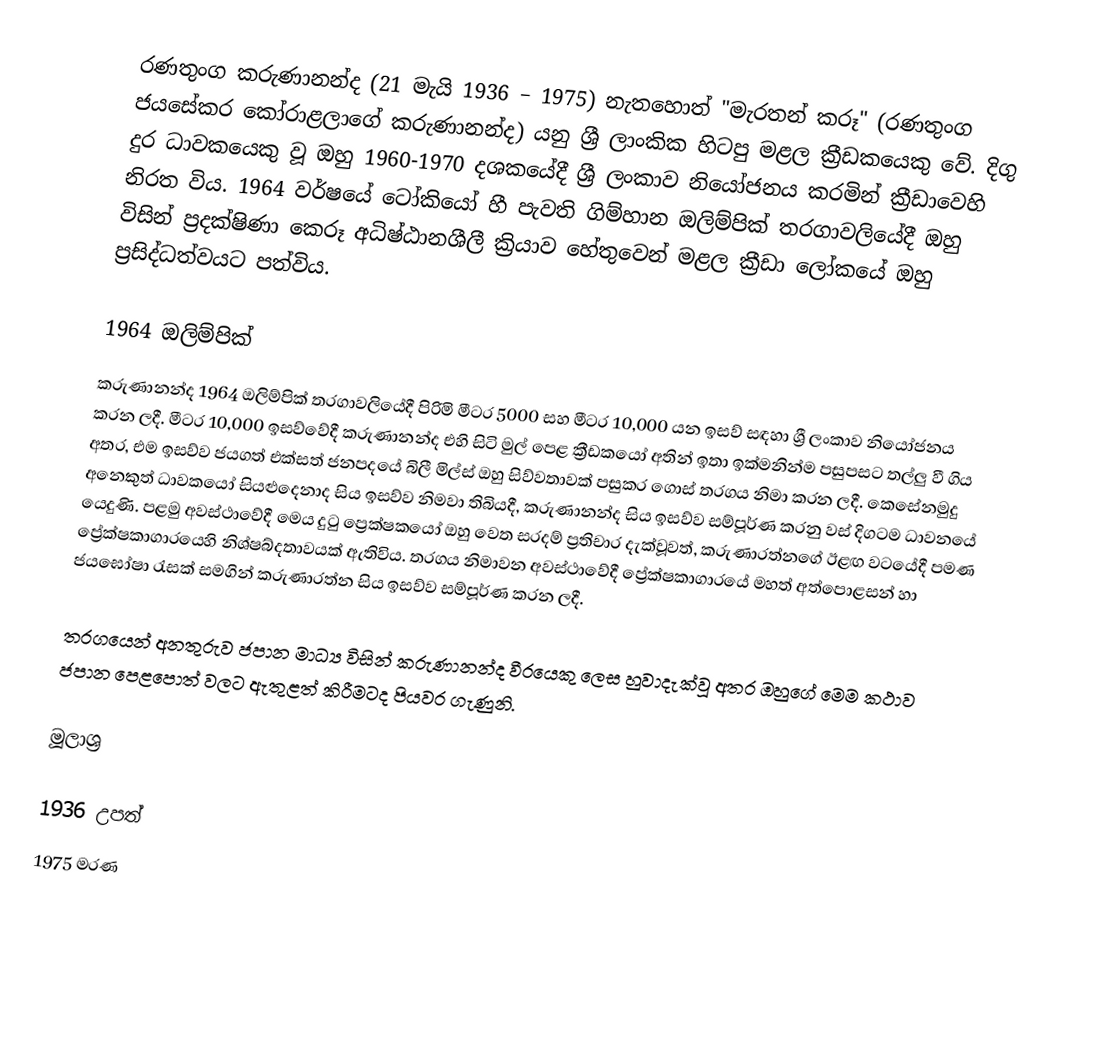
රණතුංග කරුණානන්ද (21 මැයි 1936 – 1975) නැතහොත් "මැරතන් කරූ" (රණතුංග ජයසේකර කෝරාළලාගේ කරුණානන්ද) යනු ශ්‍රී ලාංකික හිටපු මළල ක්‍රීඩකයෙකු වේ. දිගු දුර ධාවකයෙකු වූ ඔහු 1960-1970 දශකයේදී ශ්‍රී ලංකාව නියෝජනය කරමින් ක්‍රීඩාවෙහි නිරත විය. 1964 වර්ෂයේ ටෝකියෝ හී පැවති ගිම්හාන ඔලිම්පික් තරගාවලියේදී ඔහු විසින් ප්‍රදක්ෂිණා කෙරූ අධිෂ්ඨානශීලී ක්‍රියාව හේතුවෙන් මළල ක්‍රීඩා ලෝකයේ ඔහු ප්‍රසිද්ධත්වයට පත්විය.

1964 ඔලිම්පික්
කරුණානන්ද 1964 ඔලිම්පික් තරගාවලියේදී පිරිමි මීටර 5000 සහ මීටර 10,000 යන ඉසව් සඳහා ශ්‍රී ලංකාව නියෝජනය කරන ලදී. මීටර 10,000 ඉසව්වේදී කරුණානන්ද එහි සිටි මුල් පෙළ ක්‍රීඩකයෝ අතින් ඉතා ඉක්මනින්ම පසුපසට තල්ලු වී ගිය අතර, එම ඉසව්ව ජයගත් එක්සත් ජනපදයේ බිලී මිල්ස් ඔහු සිව්වතාවක් පසුකර ගොස් තරගය නිමා කරන ලදී. කෙසේනමුදු අනෙකුත් ධාවකයෝ සියළුදෙනාද සිය ඉසව්ව නිමවා තිබියදී, කරුණානන්ද සිය ඉසව්ව සම්පූර්ණ කරනු වස් දිගටම ධාවනයේ යෙදුණි. පළමු අවස්ථාවේදී මෙය දුටු ප්‍රෙක්ෂකයෝ ඔහු වෙත සරදම් ප්‍රතිචාර දැක්වූවත්, කරුණාරත්නගේ ඊළඟ වටයේදී පමණ ප්‍රේක්ෂකාගාරයෙහි නිශ්ෂබ්දතාවයක් ඇතිවිය. තරගය නිමාවන අවස්ථාවේදී ප්‍රේක්ෂකාගාරයේ මහත් අත්පොළසන් හා ජයඝෝෂා රැසක් සමගින් කරුණාරත්න සිය ඉසව්ව සම්පූර්ණ කරන ලදී.

තරගයෙන් අනතුරුව ජපාන මාධ්‍ය විසින් කරුණානන්ද වීරයෙකු ලෙස හුවාදැක්වූ අතර ඔහුගේ මෙම කථාව ජපාන පෙළපොත් වලට ඇතුළත් කිරීමටද පියවර ගැණුනි.

මූලාශ්‍ර

1936 උපත්
1975 මරණ